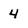
Character: 4